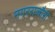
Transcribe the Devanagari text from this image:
नगरराजौरी